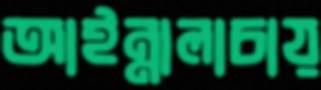
আইন্নালাচায়